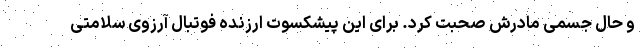
و حال جسمی مادرش صحبت کرد. برای این پیشکسوت ارزنده فوتبال آرزوی سلامتی